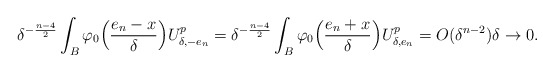
\begin{align*}\delta^{-\frac{n-4}{2}}\int_{B}\varphi_0\Big(\frac{e_n-x}{\delta}\Big)U_{\delta,-e_n}^p=\delta^{-\frac{n-4}{2}}\int_{B}\varphi_0\Big(\frac{e_n+x}{\delta}\Big)U_{\delta,e_n}^p=O(\delta^{n-2})\delta\to 0.\end{align*}